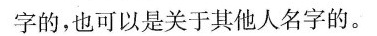
字的，也可以是关于其他人名字的。